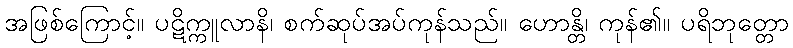
အဖြစ်ကြောင့်။ ပဋိက္ကူလာနိ၊ စက်ဆုပ်အပ်ကုန်သည်။ ဟောန္တိ၊ ကုန်၏။ ပရိဘုတ္တော